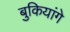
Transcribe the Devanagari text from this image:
बुकियांगे